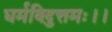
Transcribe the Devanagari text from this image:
धर्मविदुत्तमः।।